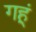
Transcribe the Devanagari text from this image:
गहूं